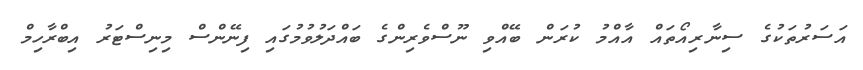
އަސަރުތަކުގެ ސިނާރިއޯތައް އާއްމު ކުރަން ބޭއްވި ނޫސްވެރިންގެ ބައްދަލުވުމުގައި ފިނޭންސް މިނިސްޓަރު އިބްރާހިމް